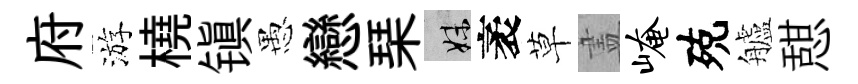
府游橈镇愚戀琹妹袤草𥁞崦殑艫憇